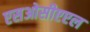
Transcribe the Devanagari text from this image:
एसओसीएएल